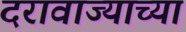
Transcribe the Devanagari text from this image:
दरावाज्याच्या